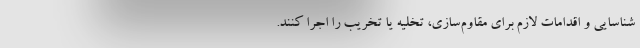
شناسایی و اقدامات لازم برای مقاوم‌سازی، تخلیه یا تخریب را اجرا کنند.